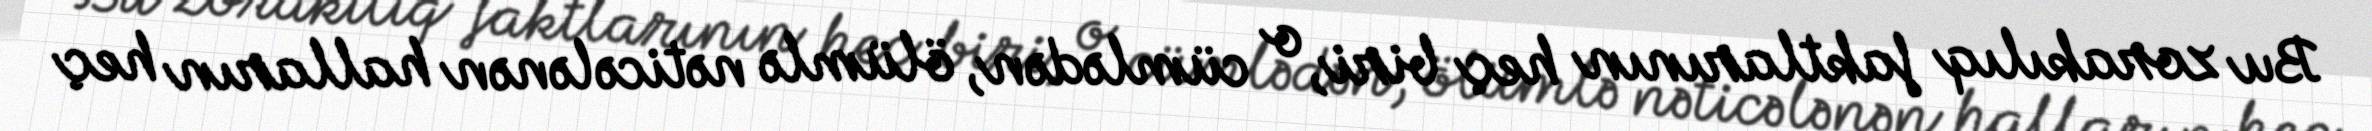
Bu zorakılıq faktlarının heç biri, o cümlədən, ölümlə nəticələnən halların heç